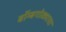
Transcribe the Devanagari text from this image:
बॉम्बगोळ्याचा